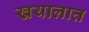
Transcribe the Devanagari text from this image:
खयालात